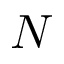
N